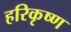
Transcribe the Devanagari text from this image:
हरिकृष्‍ण